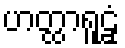
ဟတ္ထာရူဠှံ